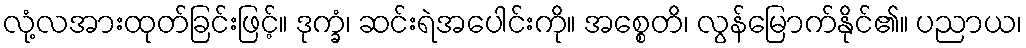
လုံ့လအားထုတ်ခြင်းဖြင့်။ ဒုက္ခံ၊ ဆင်းရဲအပေါင်းကို။ အစ္စေတိ၊ လွန်မြောက်နိုင်၏။ ပညာယ၊